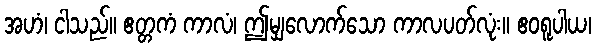
အဟံ၊ ငါသည်။ ဧတ္တကံ ကာလံ၊ ဤမျှလောက်သော ကာလပတ်လုံး။ ဧဝရူပါယ၊